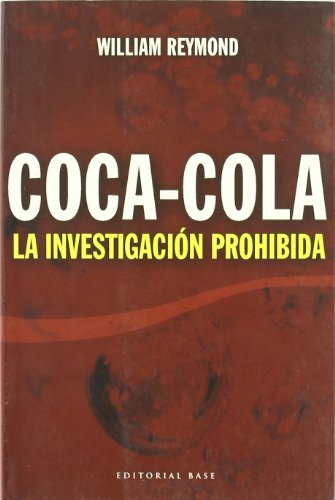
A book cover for Coca-cola: La investigacion prohibida/ The Forbidden Investigation (Base Hispanica/ Hispanic Base) (Spanish Edition); William Reymond; Crafts, Hobbies & Home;